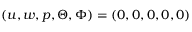
( u , w , p , \Theta , \Phi ) = ( 0 , 0 , 0 , 0 , 0 )